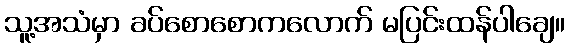
သူ့အသံမှာ ခပ်စောစောကလောက် မပြင်းထန်ပါချေ။